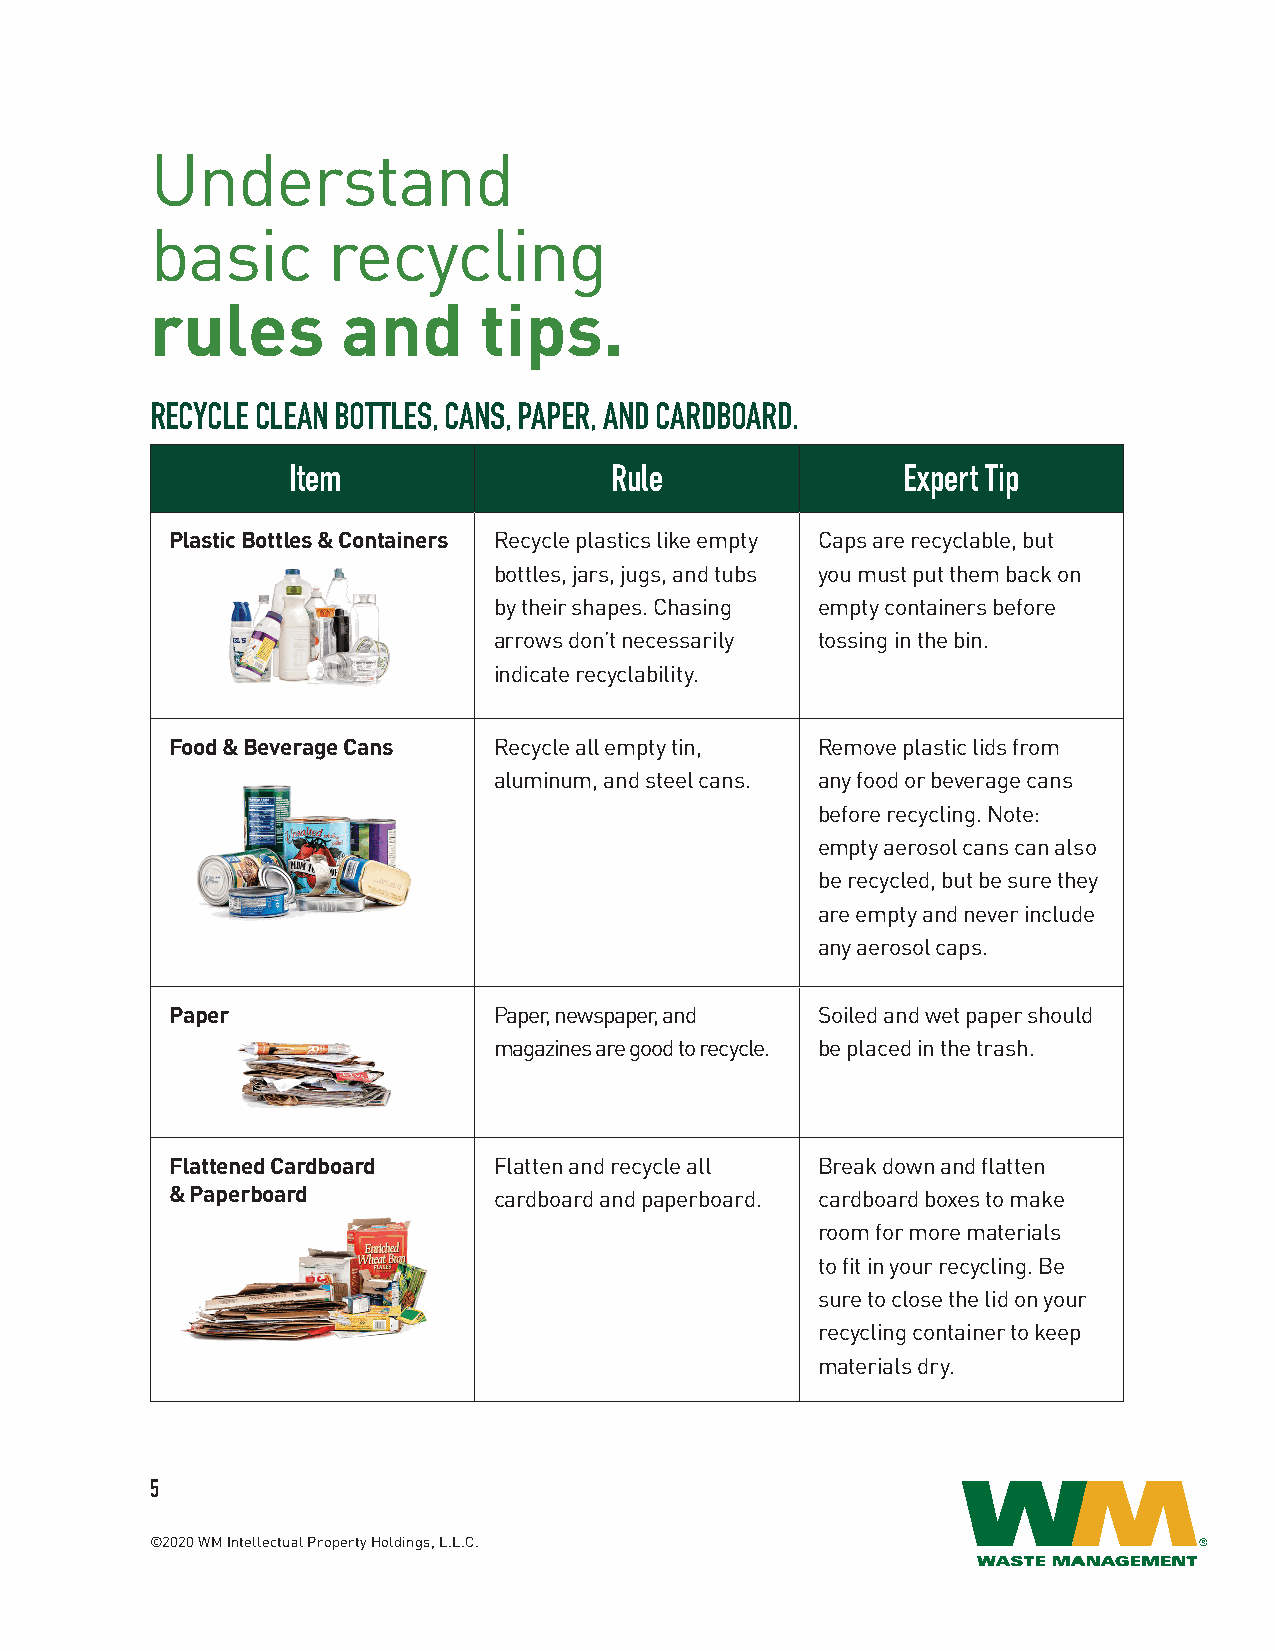
Understand
 basic       recycling
 rules        and      tips.
 RECYCLE CLEAN BOTTLES, CANS, PAPER, AND CARDBOARD.
 Item                 Rule                Expert Tip
 Plastic Bottles & Containers Recycle plastics like empty Caps are recyclable, but
 bottles, jars, jugs, and tubs you must put them back on
 by their shapes. Chasing empty containers before
 arrows don’t necessarily tossing in the bin.
 indicate recyclability.
 Food & Beverage Cans  Recycle all empty tin, Remove plastic lids from
 aluminum, and steel cans. any food or beverage cans
 before recycling. Note:
 empty aerosol cans can also
 be recycled, but be sure they
 are empty and never include
 any aerosol caps.
 Paper                 Paper, newspaper, and Soiled and wet paper should
 magazines are good to recycle. be placed in the trash.
 Flattened Cardboard   Flatten and recycle all Break down and flatten
 & Paperboard          cardboard and paperboard. cardboard boxes to make
 room for more materials
 to fit in your recycling. Be
 sure to close the lid on your
 recycling container to keep
 materials dry.
 5
 ©2020 WM Intellectual Property Holdings, L.L.C.